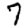
Digit: 7